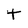
Character: t